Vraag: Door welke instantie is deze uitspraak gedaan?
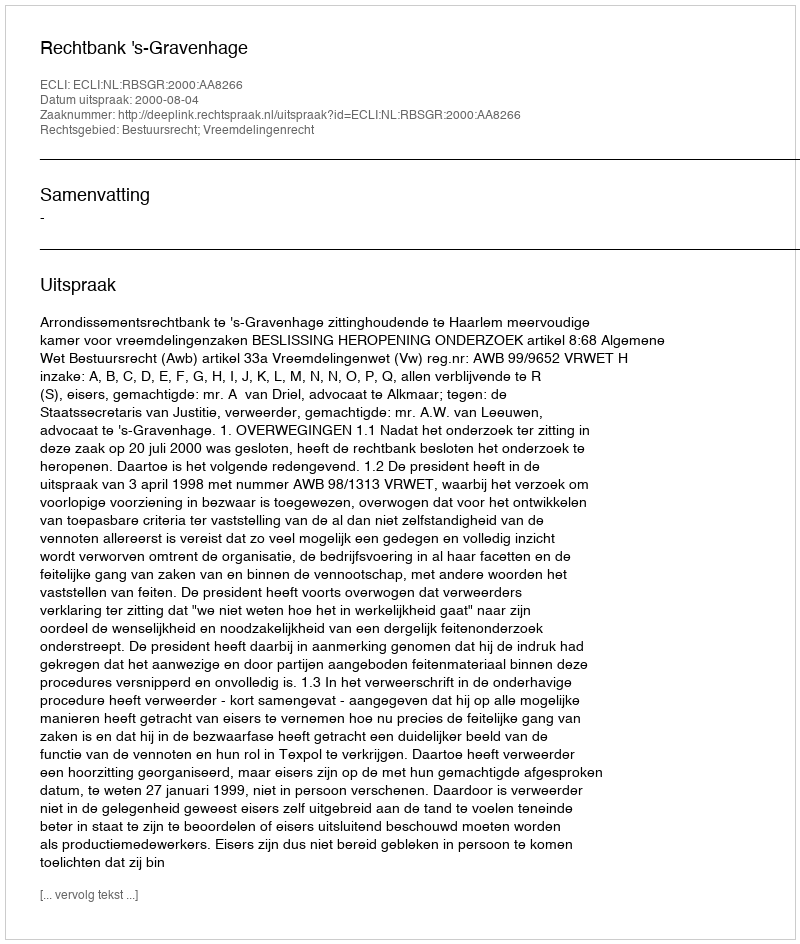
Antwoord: Rechtbank 's-Gravenhage